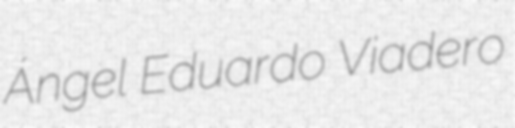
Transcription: Ángel Eduardo Viadero